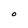
Character: O